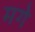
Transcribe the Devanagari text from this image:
मगे